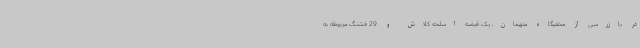
در بازرسی از مخفیگاه متهمان، یک قبضه اسلحه کلاش و 29 فشنگ مربوطه به